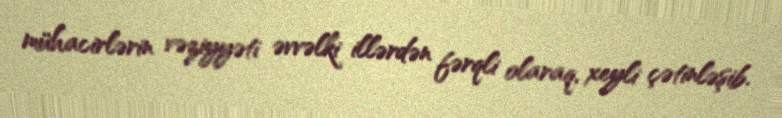
mühacirlərin vəziyyəti əvvəlki illərdən fərqli olaraq, xeyli çətinləşib.